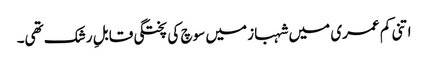
اتنی کم عمری میں شہباز میں سوچ کی پختگی قابلِ رشک تھی۔